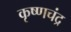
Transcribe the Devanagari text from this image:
कृष्‍णचंद्र